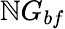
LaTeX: \mathbb{N}G_{bf}